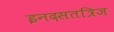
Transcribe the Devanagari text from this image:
इनदसतत्रिज